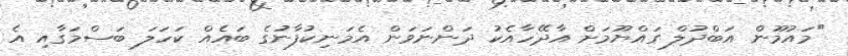
"މައުމޫން އަބްދުލް ގައްޔޫމަށް އާދޭހާއެކު ދަންނަވަން އެމަނިކުފާނުގެ ބައެއް ކަހަލަ ބަސްމަގާއި އެ